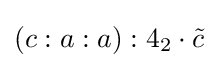
(c:a:a):4_{2}\cdot {\tilde {c}}